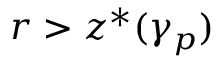
r > z ^ { * } ( \gamma _ { p } )